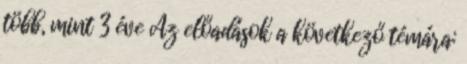
több, mint 3 éve Az előadások a következő témára: